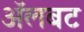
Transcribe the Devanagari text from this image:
अॅलबट